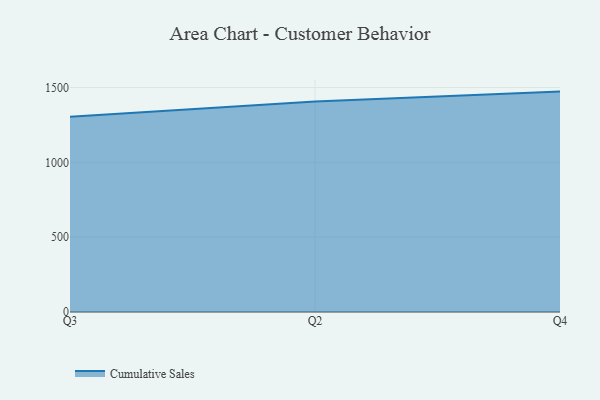
{"axis": {"x": "Quarter", "y": "Latency (ms)"}, "legend": ["Cumulative Sales"], "data": [{"x": "Q3", "y": 1304.0, "type": "Cumulative Sales"}, {"x": "Q2", "y": 1406.9, "type": "Cumulative Sales"}, {"x": "Q4", "y": 1472.4, "type": "Cumulative Sales"}]}